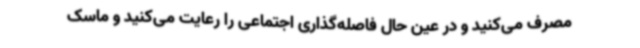
مصرف می‌کنید و در عین حال فاصله‌گذاری اجتماعی را رعایت می‌کنید و ماسک